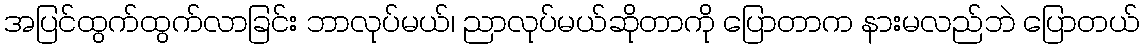
အပြင်ထွက်ထွက်လာခြင်း ဘာလုပ်မယ်၊ ညာလုပ်မယ်ဆိုတာကို ပြောတာက နားမလည်ဘဲ ပြောတယ်